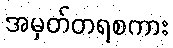
အမှတ်တရစကား